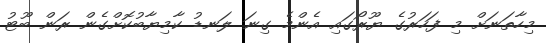
މިހާތަނަށް މި ފަހަރުގެ ޔޫރޯގައި އެންމެ ގިނަ ލަނޑު ކާމިޔާބުކޮށްގެން ރަން ބޫޓު